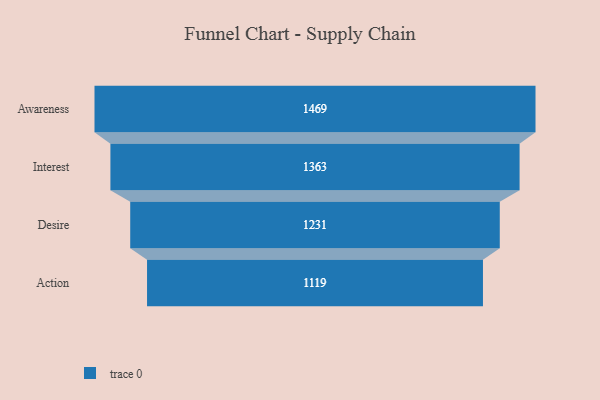
{"axis": {"x": "Stage", "y": "Value"}, "legend": [""], "data": [{"x": "Awareness", "y": 1469.0, "type": ""}, {"x": "Interest", "y": 1363.0, "type": ""}, {"x": "Desire", "y": 1231.0, "type": ""}, {"x": "Action", "y": 1119.0, "type": ""}]}